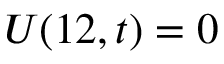
U ( 1 2 , t ) = 0